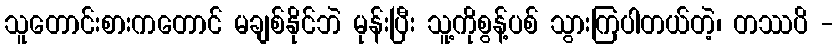
သူတောင်းစားကတောင် မချစ်နိုင်ဘဲ မုန်းပြီး သူ့ကိုစွန့်ပစ် သွားကြပါတယ်တဲ့၊ တဿပိ -